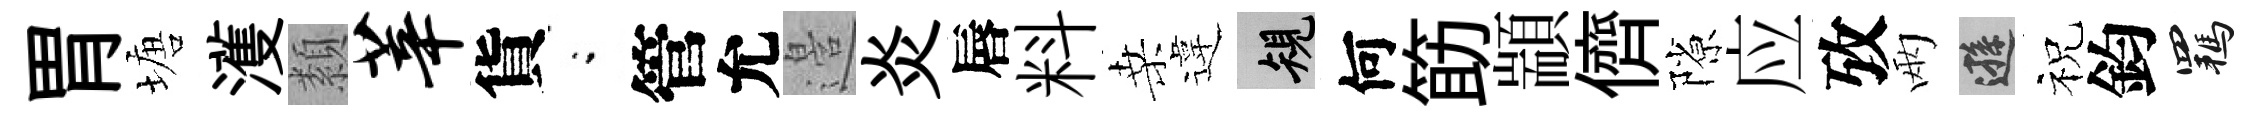
胃塘濩纇莘貨閤管允邉炎唇料桑違規何筯顓儕隙应攷兩遜祝鈞羈